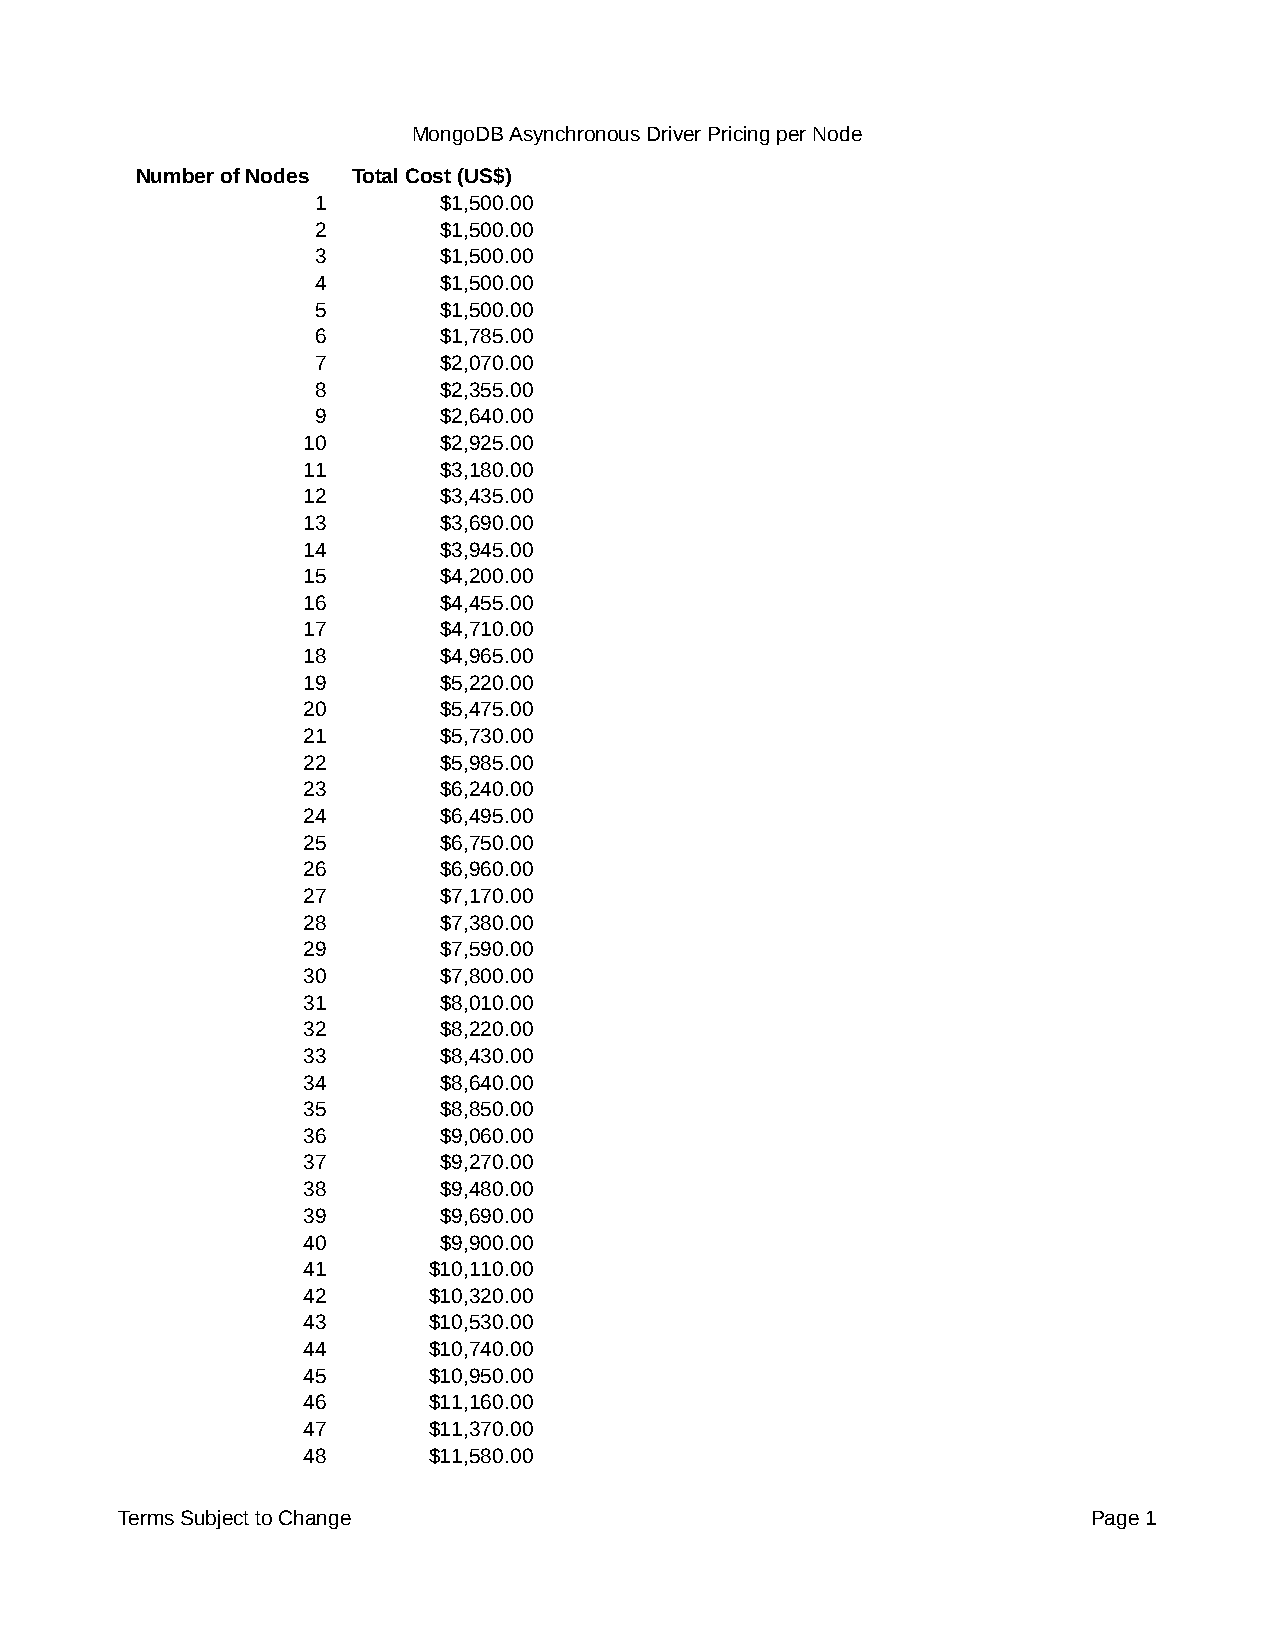
MongoDB Asynchronous Driver Pricing per Node
 Number of Nodes Total Cost (US$)
 1       $1,500.00
 2       $1,500.00
 3       $1,500.00
 4       $1,500.00
 5       $1,500.00
 6       $1,785.00
 7       $2,070.00
 8       $2,355.00
 9       $2,640.00
 10       $2,925.00
 11       $3,180.00
 12       $3,435.00
 13       $3,690.00
 14       $3,945.00
 15       $4,200.00
 16       $4,455.00
 17       $4,710.00
 18       $4,965.00
 19       $5,220.00
 20       $5,475.00
 21       $5,730.00
 22       $5,985.00
 23       $6,240.00
 24       $6,495.00
 25       $6,750.00
 26       $6,960.00
 27       $7,170.00
 28       $7,380.00
 29       $7,590.00
 30       $7,800.00
 31       $8,010.00
 32       $8,220.00
 33       $8,430.00
 34       $8,640.00
 35       $8,850.00
 36       $9,060.00
 37       $9,270.00
 38       $9,480.00
 39       $9,690.00
 40       $9,900.00
 41      $10,110.00
 42      $10,320.00
 43      $10,530.00
 44      $10,740.00
 45      $10,950.00
 46      $11,160.00
 47      $11,370.00
 48      $11,580.00
 Terms Subject to Change                                         Page 1